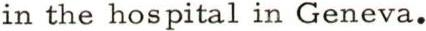
in the hospital in Geneva.